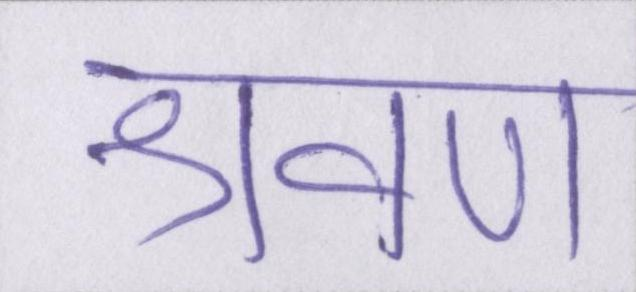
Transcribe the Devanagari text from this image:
श्रवण